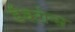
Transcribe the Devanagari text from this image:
डैक्टोन्स